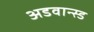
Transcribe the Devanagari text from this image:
अडवान्स्ड